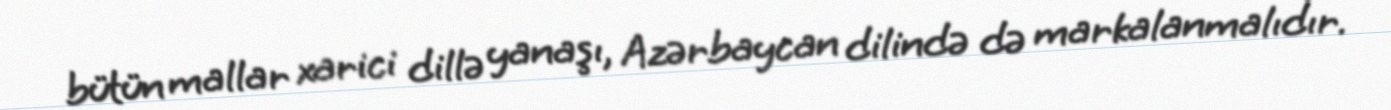
bütün mallar xarici dillə yanaşı, Azərbaycan dilində də markalanmalıdır.